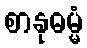
စာနုဓမ္မံ